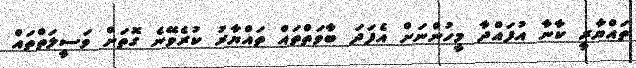
ތައްޔާރީ ކާނާ އުފައްދާ މީހުންނަށް އެފަދަ ބާވަތްތައް ތައްޔާރު ކުރެވޭނެ ގޮތަށް ވަސީލަތްތައް